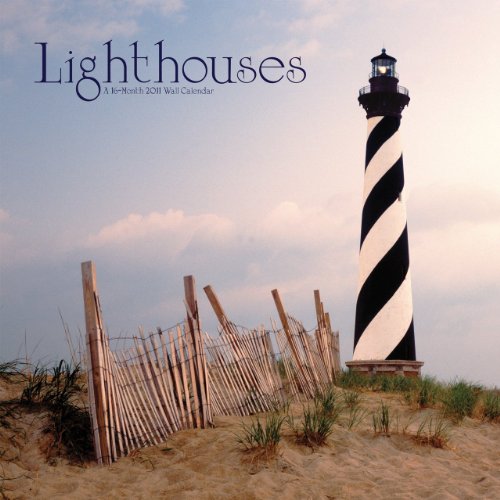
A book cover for Lighthouses 2011 Wall Calendar; DateMaker; Calendars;